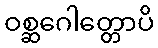
ဝစ္ဆဂေါတ္တောပိ